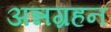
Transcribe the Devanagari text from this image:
अन्नग्रहन